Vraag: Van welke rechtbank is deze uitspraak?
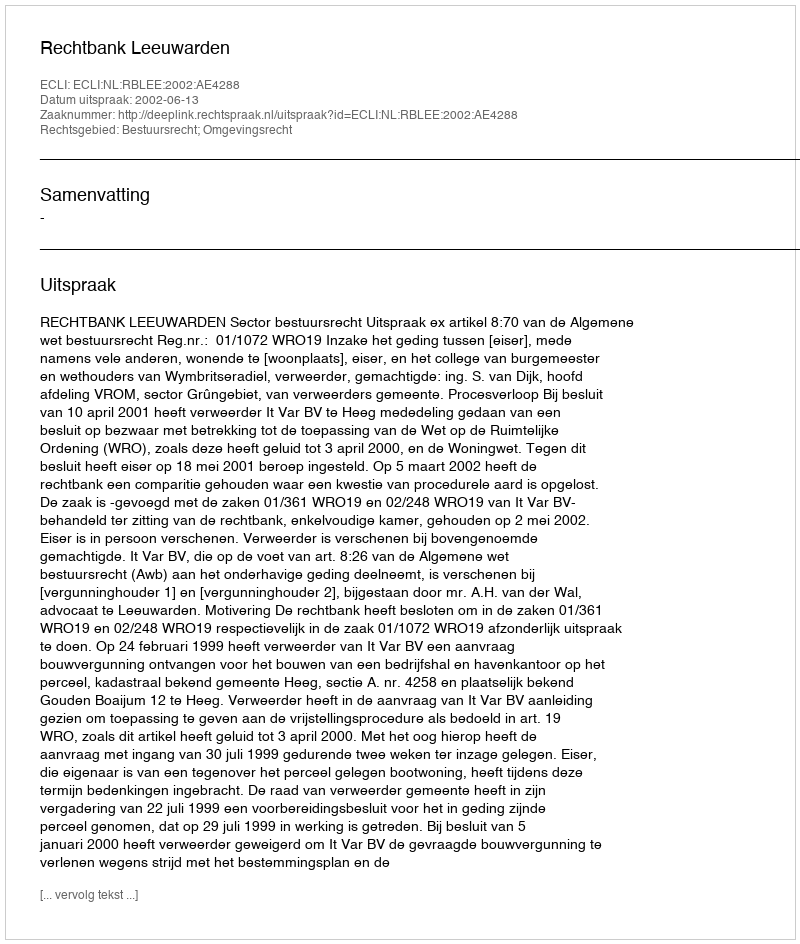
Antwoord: Rechtbank Leeuwarden